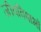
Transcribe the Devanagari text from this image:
जीवविषाभों